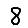
Digit: 8